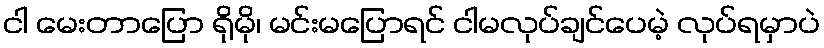
ငါ မေးတာပြော ရိုမို၊ မင်းမပြောရင် ငါမလုပ်ချင်ပေမဲ့ လုပ်ရမှာပဲ